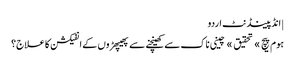
| انڈپینڈنٹ اردو
ہوم پیچ » تحقیق » چینی ناک سے کھینچنے سے پھیپھڑوں کے انفیکشن کا علاج؟